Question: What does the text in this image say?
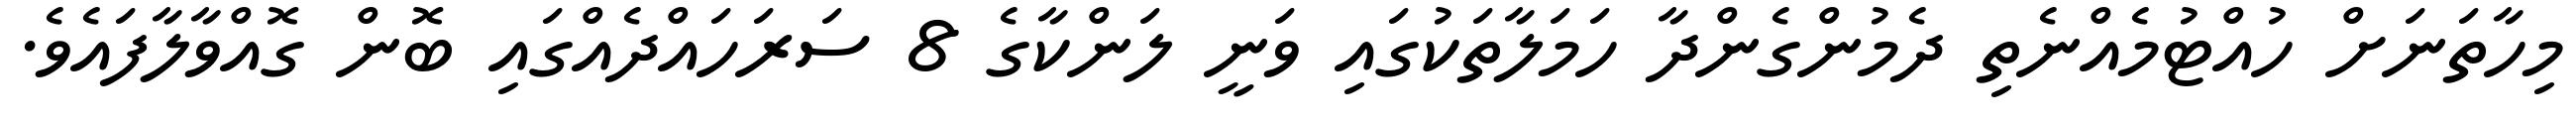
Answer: މިހާތަނަށް ހުއްޓުމެއްނެތި ދެމުންގެންދާ ހަމަލާތަކުގައި ވަނީ ލަންކާގެ 8 ސަރަހައްދެއްގައި ބޮން ގޮއްވާލާފައެވެ.